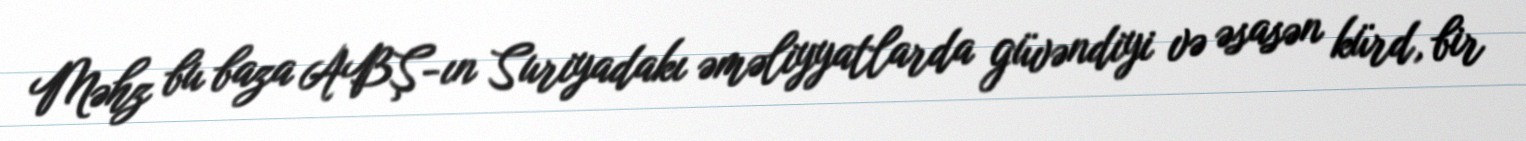
Məhz bu baza ABŞ-ın Suriyadakı əməliyyatlarda güvəndiyi və əsasən kürd, bir